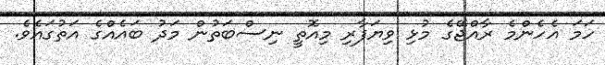
ހަމަ އެހެންމެ ރާއްޖޭގެ މުޅި ވިޔަފާރި މިއޮތީ ނިސްބަތުން މަދު ބައެއްގެ އަތުގައެވެ.